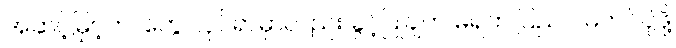
အဆင့်မြှင့်တာတွေ လုပ်ရာမှာလည်း ခွင့်ပြုချက် မရဘဲ ပြည်ပ မတင်ပို့ဖို့